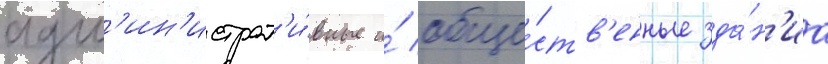
адм'ин'истрат'и́вные и́ обще́ств'енные зда́н'иа